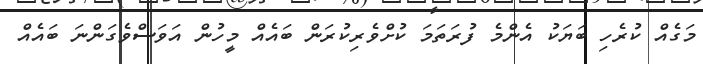
މަގެއް ކުރެހި ބަޔަކު އެންމެ ފުރަތަމަ ކުށްވެރިކުރަން ބައެއް މީހުން އަވަސްވެގަންނަ ބައެއް